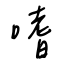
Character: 嗜